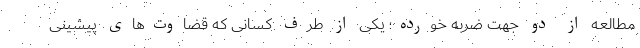
مطالعه از دو جهت ضربه خورده؛ یکی از طرف کسانی که قضاوت‌های پیشینی